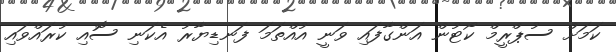
ކަމަށް ސުޕްރީމް ކޯޓުން އަންގާފައި ވަނީ އުއްތަމަ ފަނޑިޔާރު އެކަނި ސޮއި ކުރައްވައި